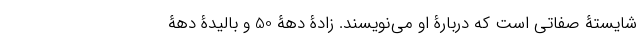
شایستۀ صفاتی است که دربارۀ او می‌نویسند. زادۀ دهۀ 50 و بالیدۀ دهۀ